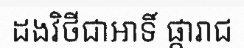
ដងវិថីជាអាទិ៍ ផ្ការាជ